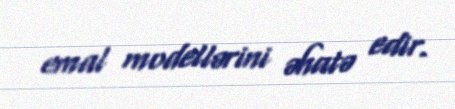
emal modellərini əhatə edir.